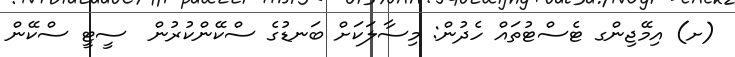
(ށ) އިމޭޖިންގ ޓެސްޓުތައް ހެދުން: މިސާލަކަށް ބަނޑުގެ ސްކޭންކުރުން  ސީޓީ ސްކޭން